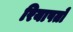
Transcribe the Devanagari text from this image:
रियाषतों